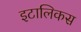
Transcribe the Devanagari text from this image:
इटालिकस